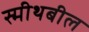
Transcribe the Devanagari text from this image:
स्मीथबील